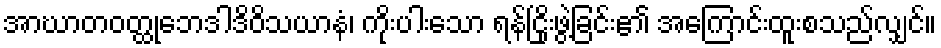
အာဃာတဝတ္ထုဘေဒါဒိဝိသယာနံ၊ ကိုးပါးသော ရန်ငြိုးဖွဲ့ခြင်း၏ အကြောင်းထူးစသည်လျှင်။